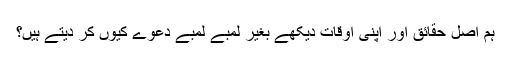
ہم اصل حقائق اور اپنی اوقات دیکھے بغیر لمبے لمبے دعوے کیوں کر دیتے ہیں؟